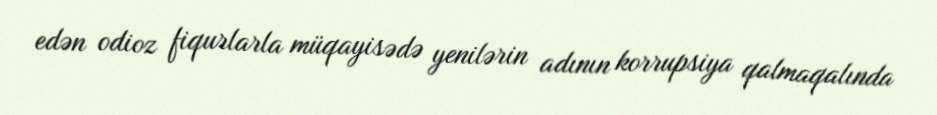
edən odioz fiqurlarla müqayisədə yenilərin adının korrupsiya qalmaqalında